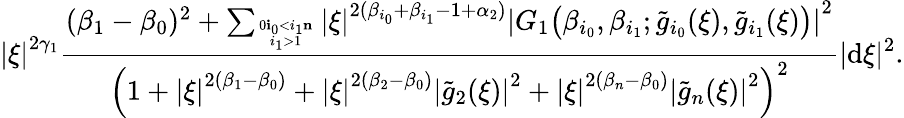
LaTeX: \left|\xi\right|^{2\gamma_{1}}\frac{(\beta_{1}-\beta_{0})^{2}+\sum_{0\le i_{0}<i_{1}\le n\atop i_{1}>1}\left|\xi\right|^{2(\beta_{i_{0}}+\beta_{i_{1}}-1+\alpha_{2})}\left|G_{1}\big(\beta_{i_{0}},\beta_{i_{1}};\tilde{g}_{i_{0}}(\xi),\tilde{g}_{i_{1}}(\xi)\big)\right|^{2}}{\Big(1+\left|\xi\right|^{2(\beta_{1}-\beta_{0})}+\left|\xi\right|^{2(\beta_{2}-\beta_{0})}\left|\tilde{g}_{2}(\xi)\right|^{2}+\left|\xi\right|^{2(\beta_{n}-\beta_{0})}\left|\tilde{g}_{n}(\xi)\right|^{2}\Big)^{2}}|\mathrm{d}\xi|^{2}.